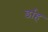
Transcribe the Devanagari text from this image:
र्डाह